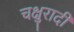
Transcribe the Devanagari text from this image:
चक्षुरादी